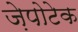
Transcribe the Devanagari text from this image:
ज़ेपोटेक